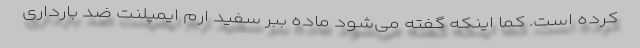
کرده است. کما اینکه گفته می‌شود ماده ببر سفید ارم ایمپلنت ضد بارداری